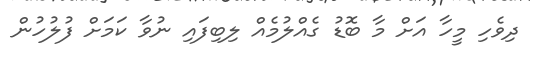
ދިވެހި މީހާ އަށް މާ ބޮޑު ގެއްލުމެއް ލިބިފައި ނުވާ ކަމަށް ފުލުހުން